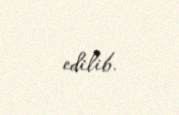
edilib.